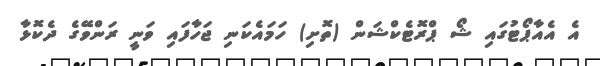
އެ އެއާޕޯޓުގައި ޝޯ ޕްރޮޓެކްޝަން (ތޮށި) ހަމައެކަނި ޖަހާފައި ވަނީ ރަންވޭގެ ދެކޮޅާ